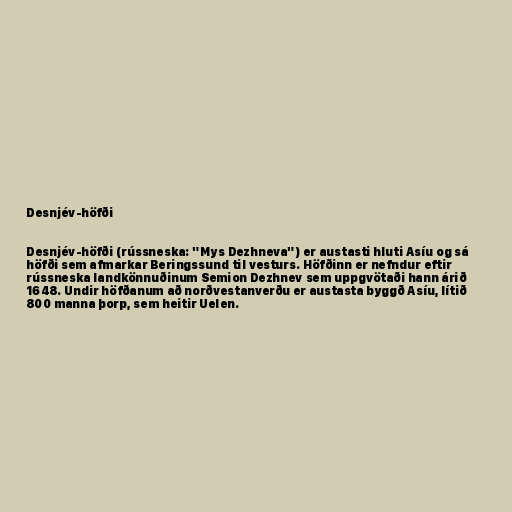
Desnjév-höfði

Desnjév-höfði (rússneska: "Mys Dezhneva") er austasti hluti Asíu og sá
höfði sem afmarkar Beringssund til vesturs. Höfðinn er nefndur eftir
rússneska landkönnuðinum Semion Dezhnev sem uppgvötaði hann árið
1648. Undir höfðanum að norðvestanverðu er austasta byggð Asíu, lítið
800 manna þorp, sem heitir Uelen.